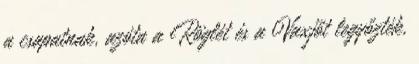
a csapatnak, azóta a Röglét és a Vaxjőt legyőzték,